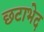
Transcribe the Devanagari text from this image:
छटाभेद